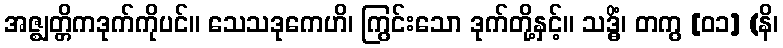
အဇ္ဈတ္တိကဒုက်ကိုပင်။ သေသဒုကေဟိ၊ ကြွင်းသော ဒုက်တို့နှင့်။ သဒ္ဓိံ၊ တကွ [၀၁] (နိ၊